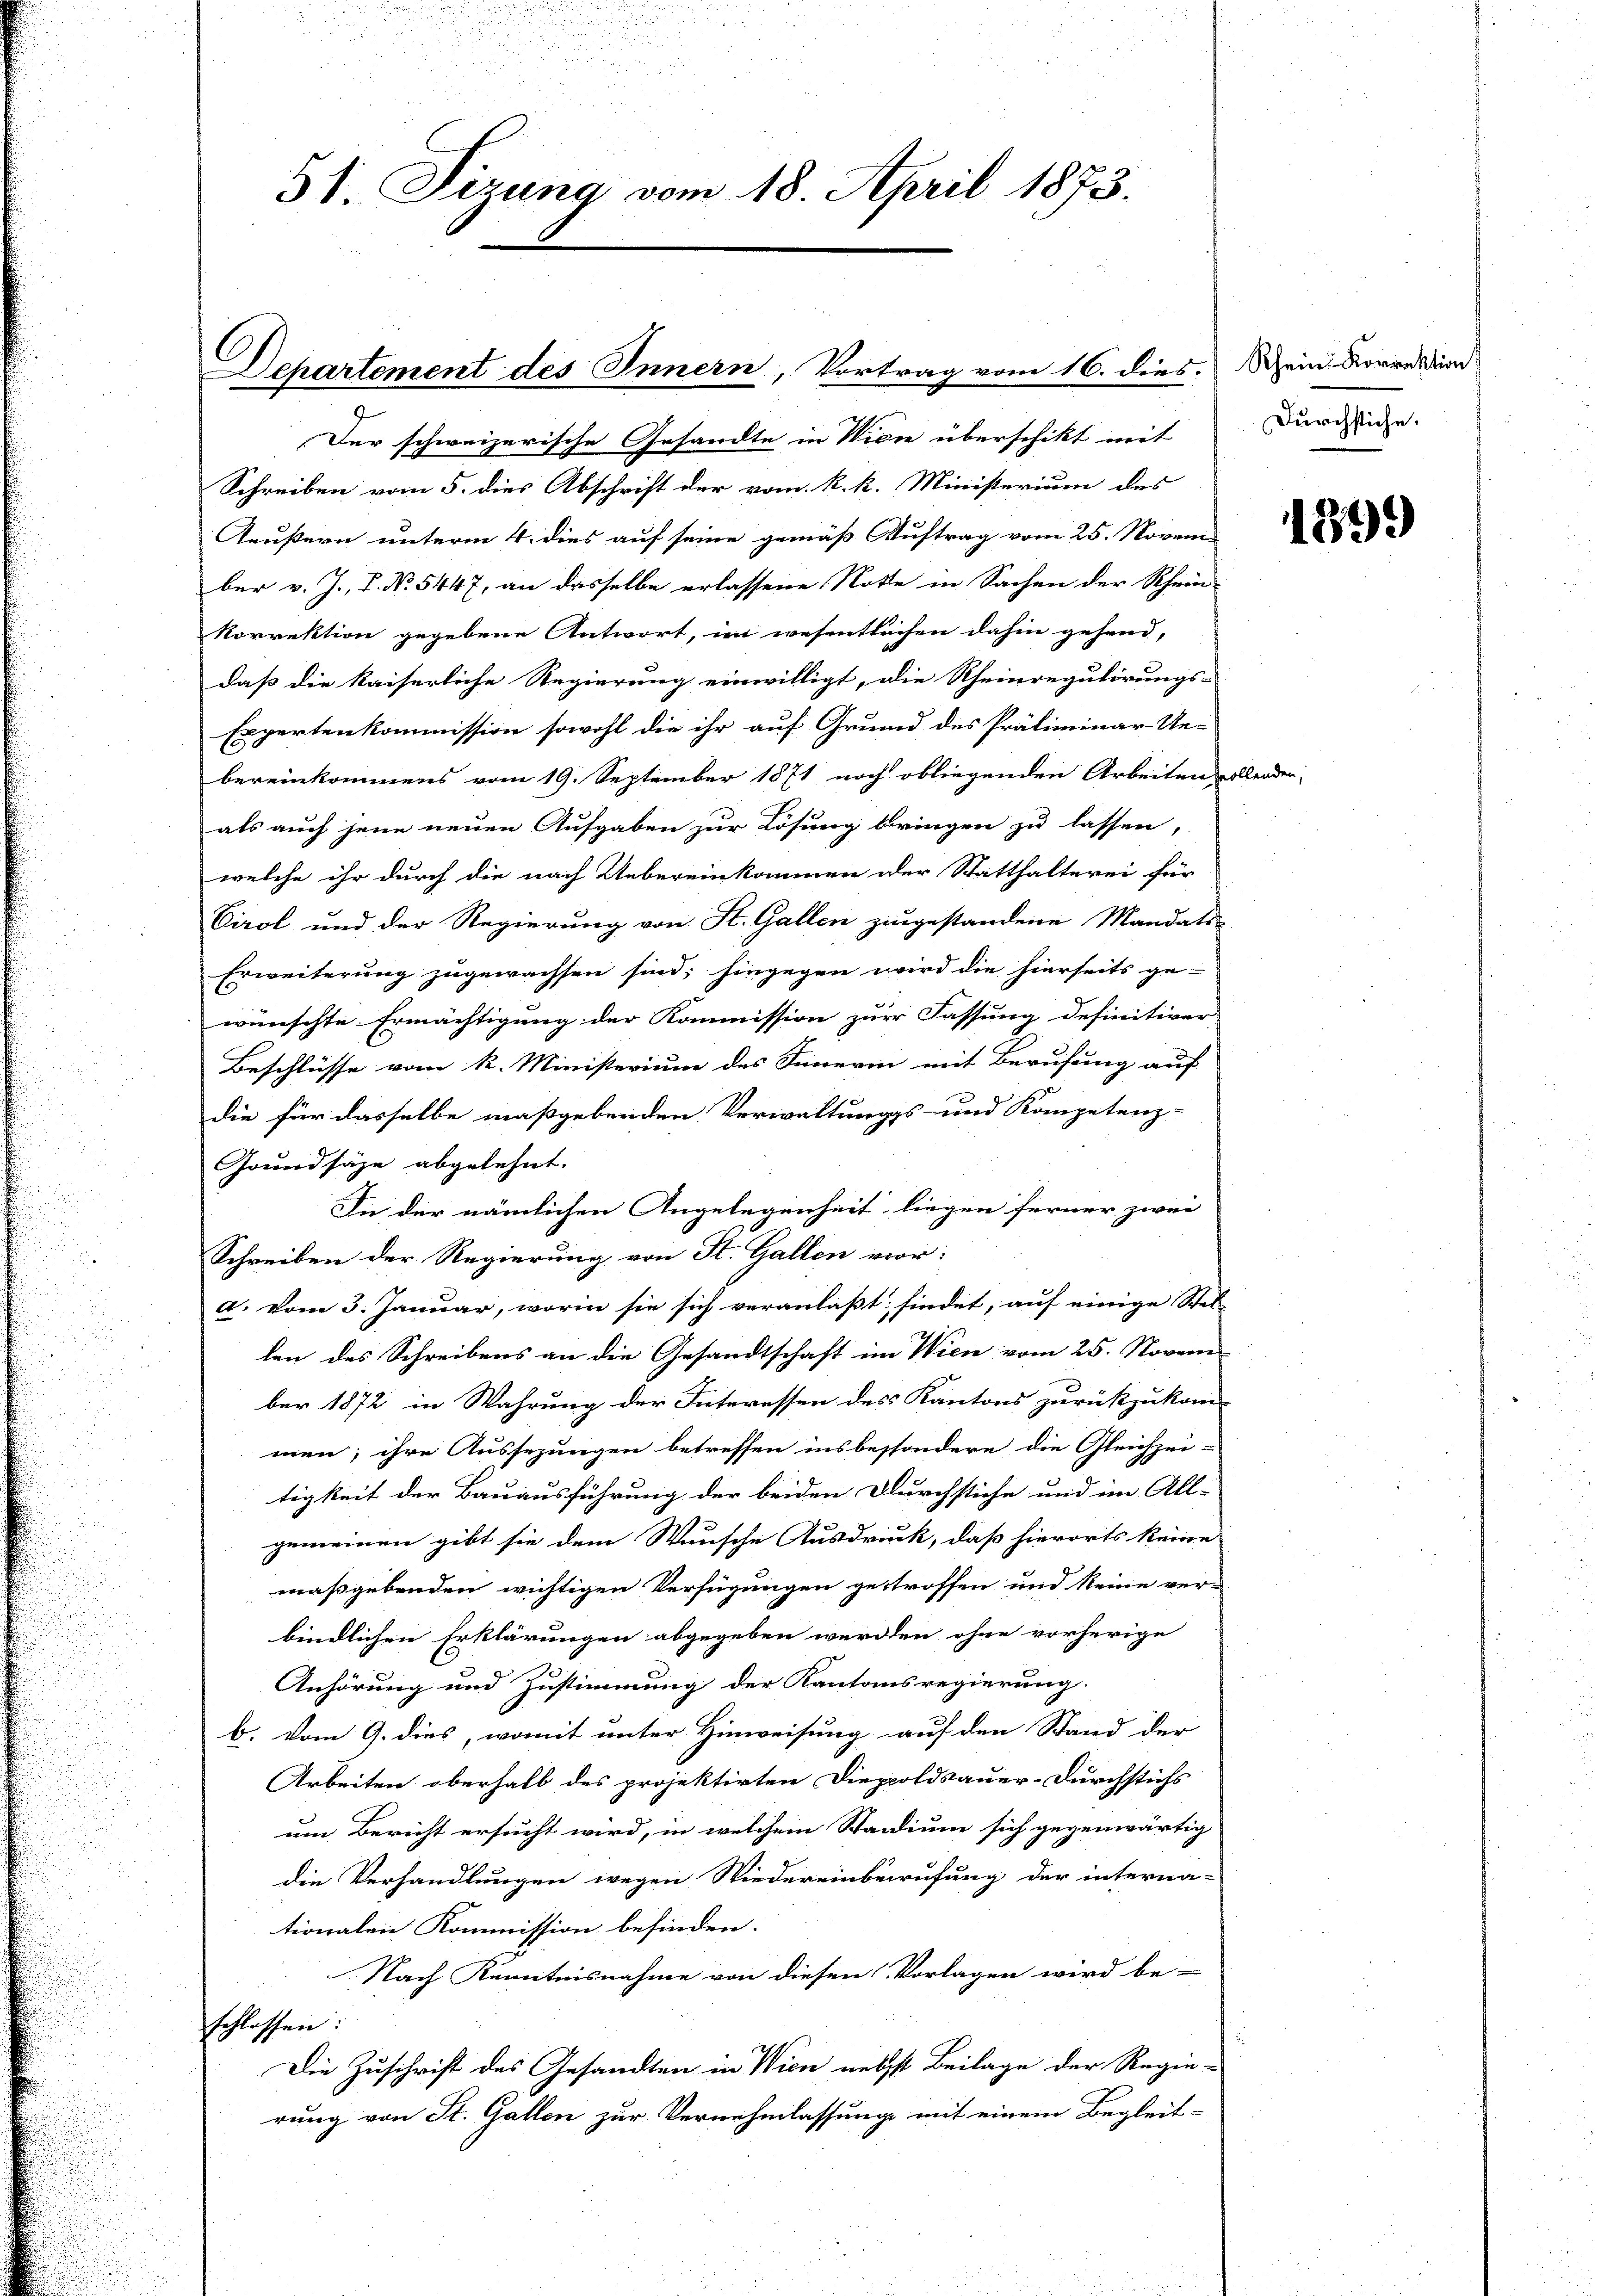
51. Tizung vom 18. April 1873.

Departement des Innern, Vortrag vom 16. dies. Schein Korrektion

Der schweizerische Gesandte in Wien überschikt mit
Schreiben vom 5. dies Abschrift der vom k. k. Ministerium des
Aeußern unterm 4. dies auf seine gemäß Auftrag vom 25. Novem
ber v. J. P. Nr. 5447, an dasselbe erlassene Note in Sachen der Rhein-
korrektion gegebene Antwort, im wesentlichen dahin gehend,
daß die kaiserliche Regierung einwilligt, die Rheinregulirungs-
Expertenkommission sowohl die ihr auf Grund des Präliminar-Ue-
bereinkommens vom 19. September 1871 noch obliegenden Arbeiten soll
als auch jene neuen Aufgaben zur Lösung bringen zu lassen,
welche ihr durch die nach Uebereinkommen der Statthalterei für
Virol und der Regierung von St. Gallen zugestandene Mandats-
Erweiterung zugewachsen sind; hingegen wird die hierseits ge-
wünschte Ermächtigung der Kommission zur Fassung definitiver |
Beschlüsse vom k. Ministerium des Innern mit Berufung auf
die für dasselbe maßgebenden Verwaltungs- und Kompetenz-
Grundsäze abgelehnt.
In der nämlichen Angelegenheit liegen ferner zwei
Schreiben der Regierung von St. Gallen vor:
d. vom 3. Januar, worin sie sich veranlaßt findet, auf einige Stel-
len des Schreibens an die Gesandtschaft im Wien vom 25. Novem-
ber 1872 in Wahrung der Interessen des Kantons zurückzukom-
men; ihre Aussezungen betreffen insbesondere die Gleichzei-
tigkeit der Bauausführung der beiden Durchstiche und im All-
gemeinen gibt sie dem Wunsche Ausdruck, daß hierorts keine
maßgebenden wichtigen Verfügungen getroffen und keine ver-
bindlichen Erklärungen abgegeben werden ohne vorherige
Anhörung und Zustimmung der Kantonsregierung.
b. vom 9. dies, womit unter Hinweisung auf den Stand der
Arbeiten oberhalb des projektirten Diepoldsauer-Durchstichs
um Bericht ersucht wird, in welchem Stadium sich gegenwärtig
die Verhandlungen wegen Niedereinberufung der interna-
tionalen Kommission befinden.
Nach Kenntnisnahme von diesen Vorlagen wird be-
schlossen:
Die Zuschrift des Gesandten in Wien nebst Beilage der Regie-
rung von St. Gallen zur Vernehmlassung mit einem Begleit-

Durchstiche.

1899